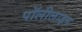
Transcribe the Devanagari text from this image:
पॉलीलाइन